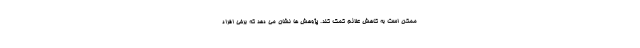
ممکن است به کاهش علائم کمک کند. پژوهش ها نشان می دهد که برخی افراد